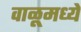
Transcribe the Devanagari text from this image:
वाळूमध्ये